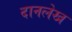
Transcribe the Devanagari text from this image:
दानलेख